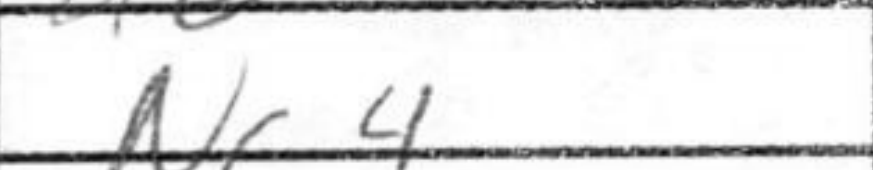
Transcription: Nc4